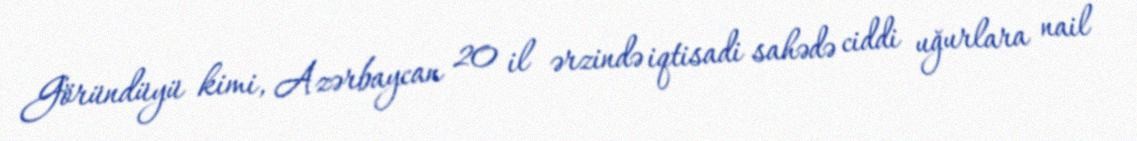
Göründüyü kimi, Azərbaycan 20 il ərzində iqtisadi sahədə ciddi uğurlara nail